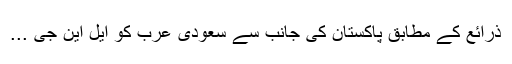
ذرائع کے مطابق پاکستان کی جانب سے سعودی عرب کو ایل این جی ...